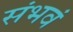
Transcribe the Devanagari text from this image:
संभवं